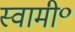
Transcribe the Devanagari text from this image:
स्वामी॰